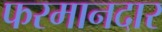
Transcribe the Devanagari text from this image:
फरमानदार